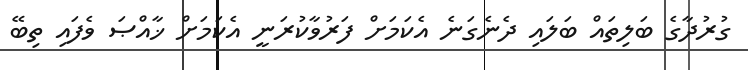
ގުރުދާގެ ބަލިތައް ބަލައި ދެނެގަނެ އެކަމަށް ފަރުވާކުރަނީ އެކަމަށް ޚާއްޞަ ވެފައި ތިބޭ